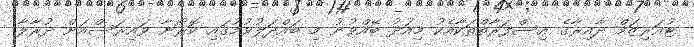
ޓުއަރިޒަމް ދާއިރާގެ އިސްފަރާތްތަކާއެކު މިއަދު ބޭއްވުނު މި ބައްދަލުވުމުގައި ކޮރޯނާ ވައިރަސްއަށް ދުރާލާ